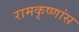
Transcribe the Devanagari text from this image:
रामकृष्णांस